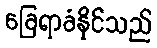
ခြေရာခံနိုင်သည်